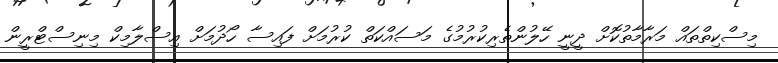
މިސްކިތްތައް މަރާމާތުކޮށް ދީނީ ހޭލުންތެރިކުރުމުގެ މަސައްކަތް ކުރުމަށް ފައިސާ ހޯދުމަށް އިސްލާމިކް މިނިސްޓްރީން